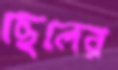
ছেলের